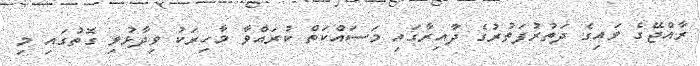
ރާއްޖޭގެ ވައިގެ ދަތުރުފަތުރުގެ ދާއިރާގައި މަސައްކަތް ކުރައްވާ މާހިރަކު ވިދާޅުވި ގޮތުގައި މި